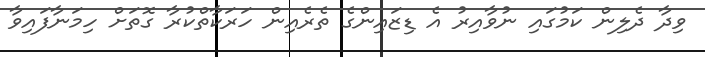
ވިދާ ދެލިން ކަމުގައި ނުވާއިރު އެ ޑިޒައިންގެ ތެރެއިން ހަރަކާތްކުރާ ގޮތަށް ހިމަނާފައިވާ